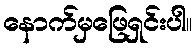
နောက်မှဖြေရှင်းပါ။